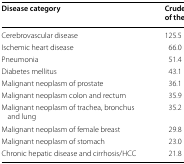
| Disease category | Crude rate/100,000 of the population |
 | --- | --- |
 | Cerebrovascular disease | 125.5 |
 | Ischemic heart disease | 66.0 |
 | Pneumonia | 51.4 |
 | Diabetes mellitus | 43.1 |
 | Malignant neoplasm of prostate | 36.1 |
 | Malignant neoplasm colon and rectum | 35.9 |
 | Malignant neoplasm of trachea, bronchus and lung | 35.2 |
 | Malignant neoplasm of female breast | 29.8 |
 | Malignant neoplasm of stomach | 23.0 |
 | Chronic hepatic disease and cirrhosis/HCC | 21.8 |